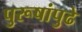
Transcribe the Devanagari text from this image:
पुरूषांपुढे